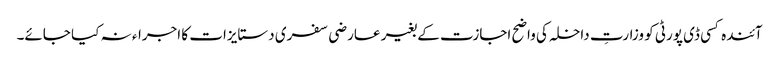
آئندہ کسی ڈی پورٹی کو وزارتِ داخلہ کی واضح اجازت کے بغیر عارضی سفری دستایزات کا اجراء نہ کیا جائے۔